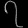
Digit: ၇